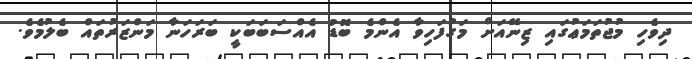
ދިވެހި މުޖުތަމަޢުގައި ޒިނޭއަށް މަގުފަހިވާ އެންމެ ބޮޑު އެއްސަބަބަކީ ބަރަހަނާ މަންޒަރުތައް ބެލުމެވެ.